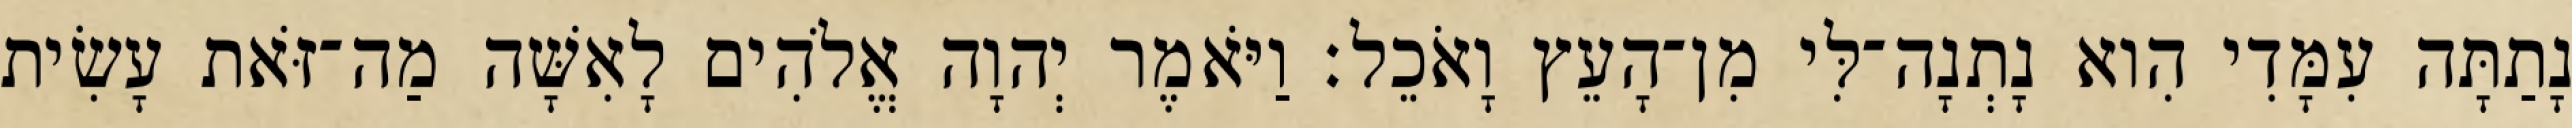
נָתַתָּה עִמָּדִי הִוא נָתְנָה־לִּי מִן־הָעֵץ וָאֹכֵל׃ וַיֹּאמֶר יְהוָה אֱלֹהִים לָאִשָּׁה מַה־זֹּאת עָשִׂית